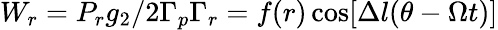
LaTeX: W_{r}={P_{r}g_{2}}/{2\Gamma_{p}\Gamma_{r}}=f(r)\cos[\Delta l(\theta-\Omega t)]